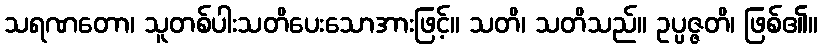
သရဏတော၊ သူတစ်ပါးသတိပေးသောအားဖြင့်။ သတိ၊ သတိသည်။ ဥပ္ပဇ္ဇတိ၊ ဖြစ်၏။